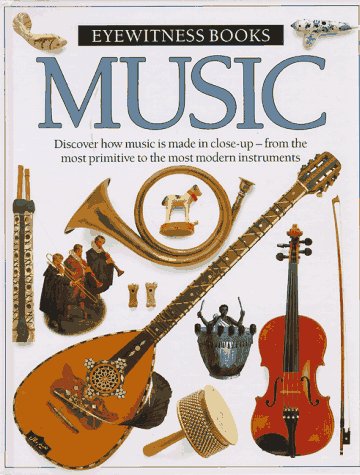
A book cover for Music (Eyewitness Books); Dorling Kindersley Ltd; Teen & Young Adult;